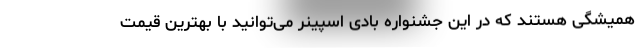
همیشگی هستند که در این جشنواره بادی اسپینر می‌توانید با بهترین قیمت